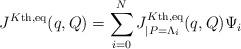
LaTeX: \begin{align*} J^{K\textnormal{th},\textnormal{eq}}(q,Q) = \sum_{i=0}^N J^{K\textnormal{th},\textnormal{eq}}_{|P=\Lambda_i}(q,Q) \Psi_i \end{align*}